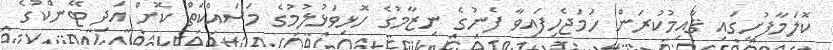
ކޮލަމާފުށީގައި ޤާއިމުކުރަން ހަމަޖެހިފައިވާ ފެނުގެ ނިޒާމުގެ ހޮޅިވަޅުލުމުގެ މަސައްކަތް ކޮށް އަދި ޓޭންކުގެ